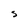
Character: S